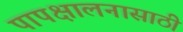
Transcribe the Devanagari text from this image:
पापक्षालनासाठी